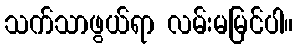
သက်သာဖွယ်ရာ လမ်းမမြင်ပါ။